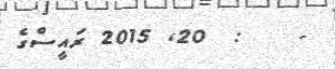
-    :  20